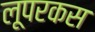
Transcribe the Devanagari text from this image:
लूपरकस